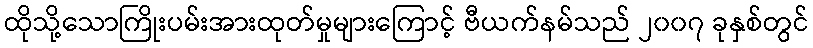
ထိုသို့သောကြိုးပမ်းအားထုတ်မှုများကြောင့် ဗီယက်နမ်သည် ၂၀၀၇ ခုနှစ်တွင်